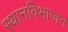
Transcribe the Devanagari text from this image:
स्थानविभाजन